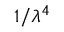
1 / \lambda ^ { 4 }